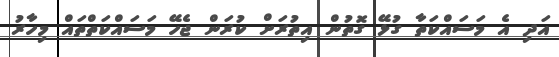
އަދި އެ މަސައްކަތާ ގުޅޭ ގޮތުން އިތުރަށް ކުރަން ޖެހޭ މަސައްކަތްތައް މިހާރު